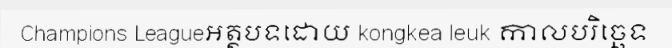
Champions Leagueអត្ថបទដោយ kongkea leuk កាលបរិច្ឆេទ